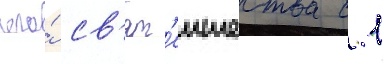
его́ св'ят'еишества с 1